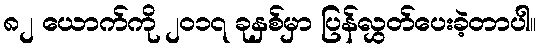
၈၂ ယောက်ကို ၂၀၁၇ ခုနှစ်မှာ ပြန်လွှတ်ပေးခဲ့တာပါ။